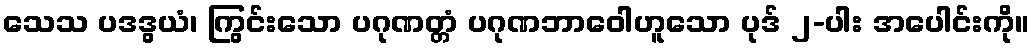
သေသ ပဒဒွယံ၊ ကြွင်းသော ပဂုဏတ္တံ ပဂုဏဘာဝေါဟူသော ပုဒ် ၂-ပါး အပေါင်းကို။